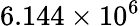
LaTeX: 6.144\times 10^{6}